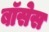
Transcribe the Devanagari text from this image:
बॉसेस